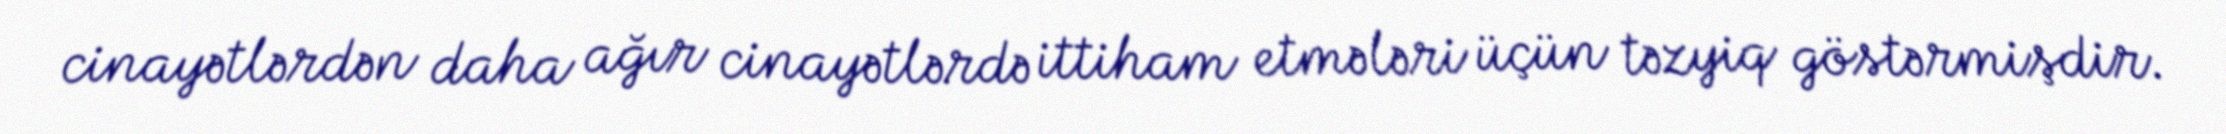
cinayətlərdən daha ağır cinayətlərdə ittiham etmələri üçün təzyiq göstərmişdir.